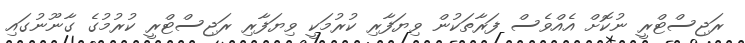
ރަޖިސްޓްރީ ނުކޮށް އެއްވެސް ފަރާތަކުން ވިޔަފާރި ކުރުމަކީ ވިޔަފާރި ރަޖިސްޓްރީ ކުރުމުގެ ގާނޫނުގައި